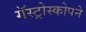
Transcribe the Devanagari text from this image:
गॅस्ट्रोस्कोपने